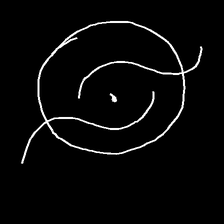
Glyph: repetition